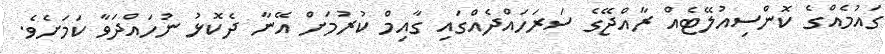
ގައުމެއްގެ ކޮންސިއުލޭޓެއް ރާއްޖޭގެ ސަރަހައްދެއްގައި ގާއިމް ކުރުމަށް އޭނާ ދެކޮޅު ނުހައްދަވާ ކަމަށެވެ.